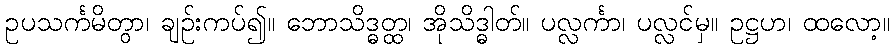
ဥပသင်္ကမိတွာ၊ ချဉ်းကပ်၍။ ဘောသိဒ္ဓတ္ထ၊ အိုသိဒ္ဓါတ်။ ပလ္လင်္ကာ၊ ပလ္လင်မှ။ ဥဋ္ဌဟ၊ ထလော့။